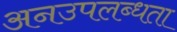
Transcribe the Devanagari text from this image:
अनउपलब्धता